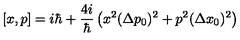
[ x , p ] = i \hbar + \frac { 4 i } { \hbar } \left( x ^ { 2 } ( \Delta p _ { 0 } ) ^ { 2 } + p ^ { 2 } ( \Delta x _ { 0 } ) ^ { 2 } \right)